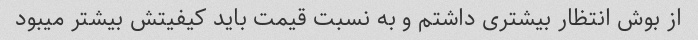
از بوش انتظار بیشتری داشتم و به نسبت قیمت باید کیفیتش بیشتر میبود